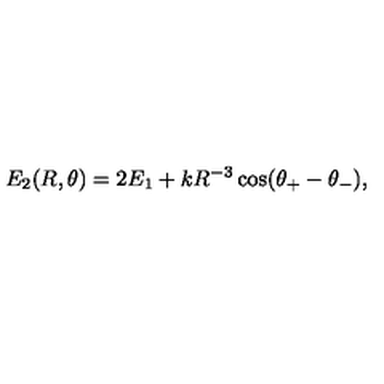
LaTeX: E _ { 2 } ( R , \theta ) = 2 E _ { 1 } + k R ^ { - 3 } \cos ( \theta _ { + } - \theta _ { - } ) ,